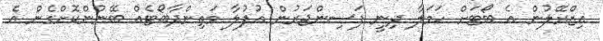
އިޒްރޭލުން އެ ބޯޓަށް ހަމަލާ ދިނީ ފަސިންޖަރުން އުފުލާ މަތިންދާބޯޓެއް ބޭނުންކޮށްގެން އެ